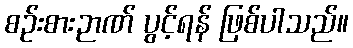
စဉ်းစားဉာဏ် ပွင့်ရန် ဖြစ်ပါသည်။